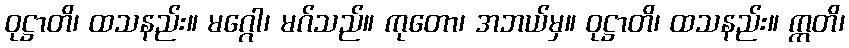
ဝုဋ္ဌာတိ၊ ထသနည်း။ မဂ္ဂေါ၊ မဂ်သည်။ ကုတော၊ အဘယ်မှ။ ဝုဋ္ဌာတိ၊ ထသနည်း။ ဣတိ၊